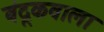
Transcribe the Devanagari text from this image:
बंदूकवाला